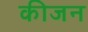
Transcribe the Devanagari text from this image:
कीजन